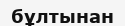
бұлтынан